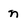
Character: n